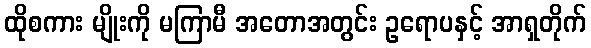
ထိုစကား မျိုးကို မကြာမီ အတောအတွင်း ဥရောပနှင့် အာရှတိုက်